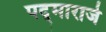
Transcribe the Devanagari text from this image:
पद्‌माराजे